Eesti_Rahvusfond, lk 74
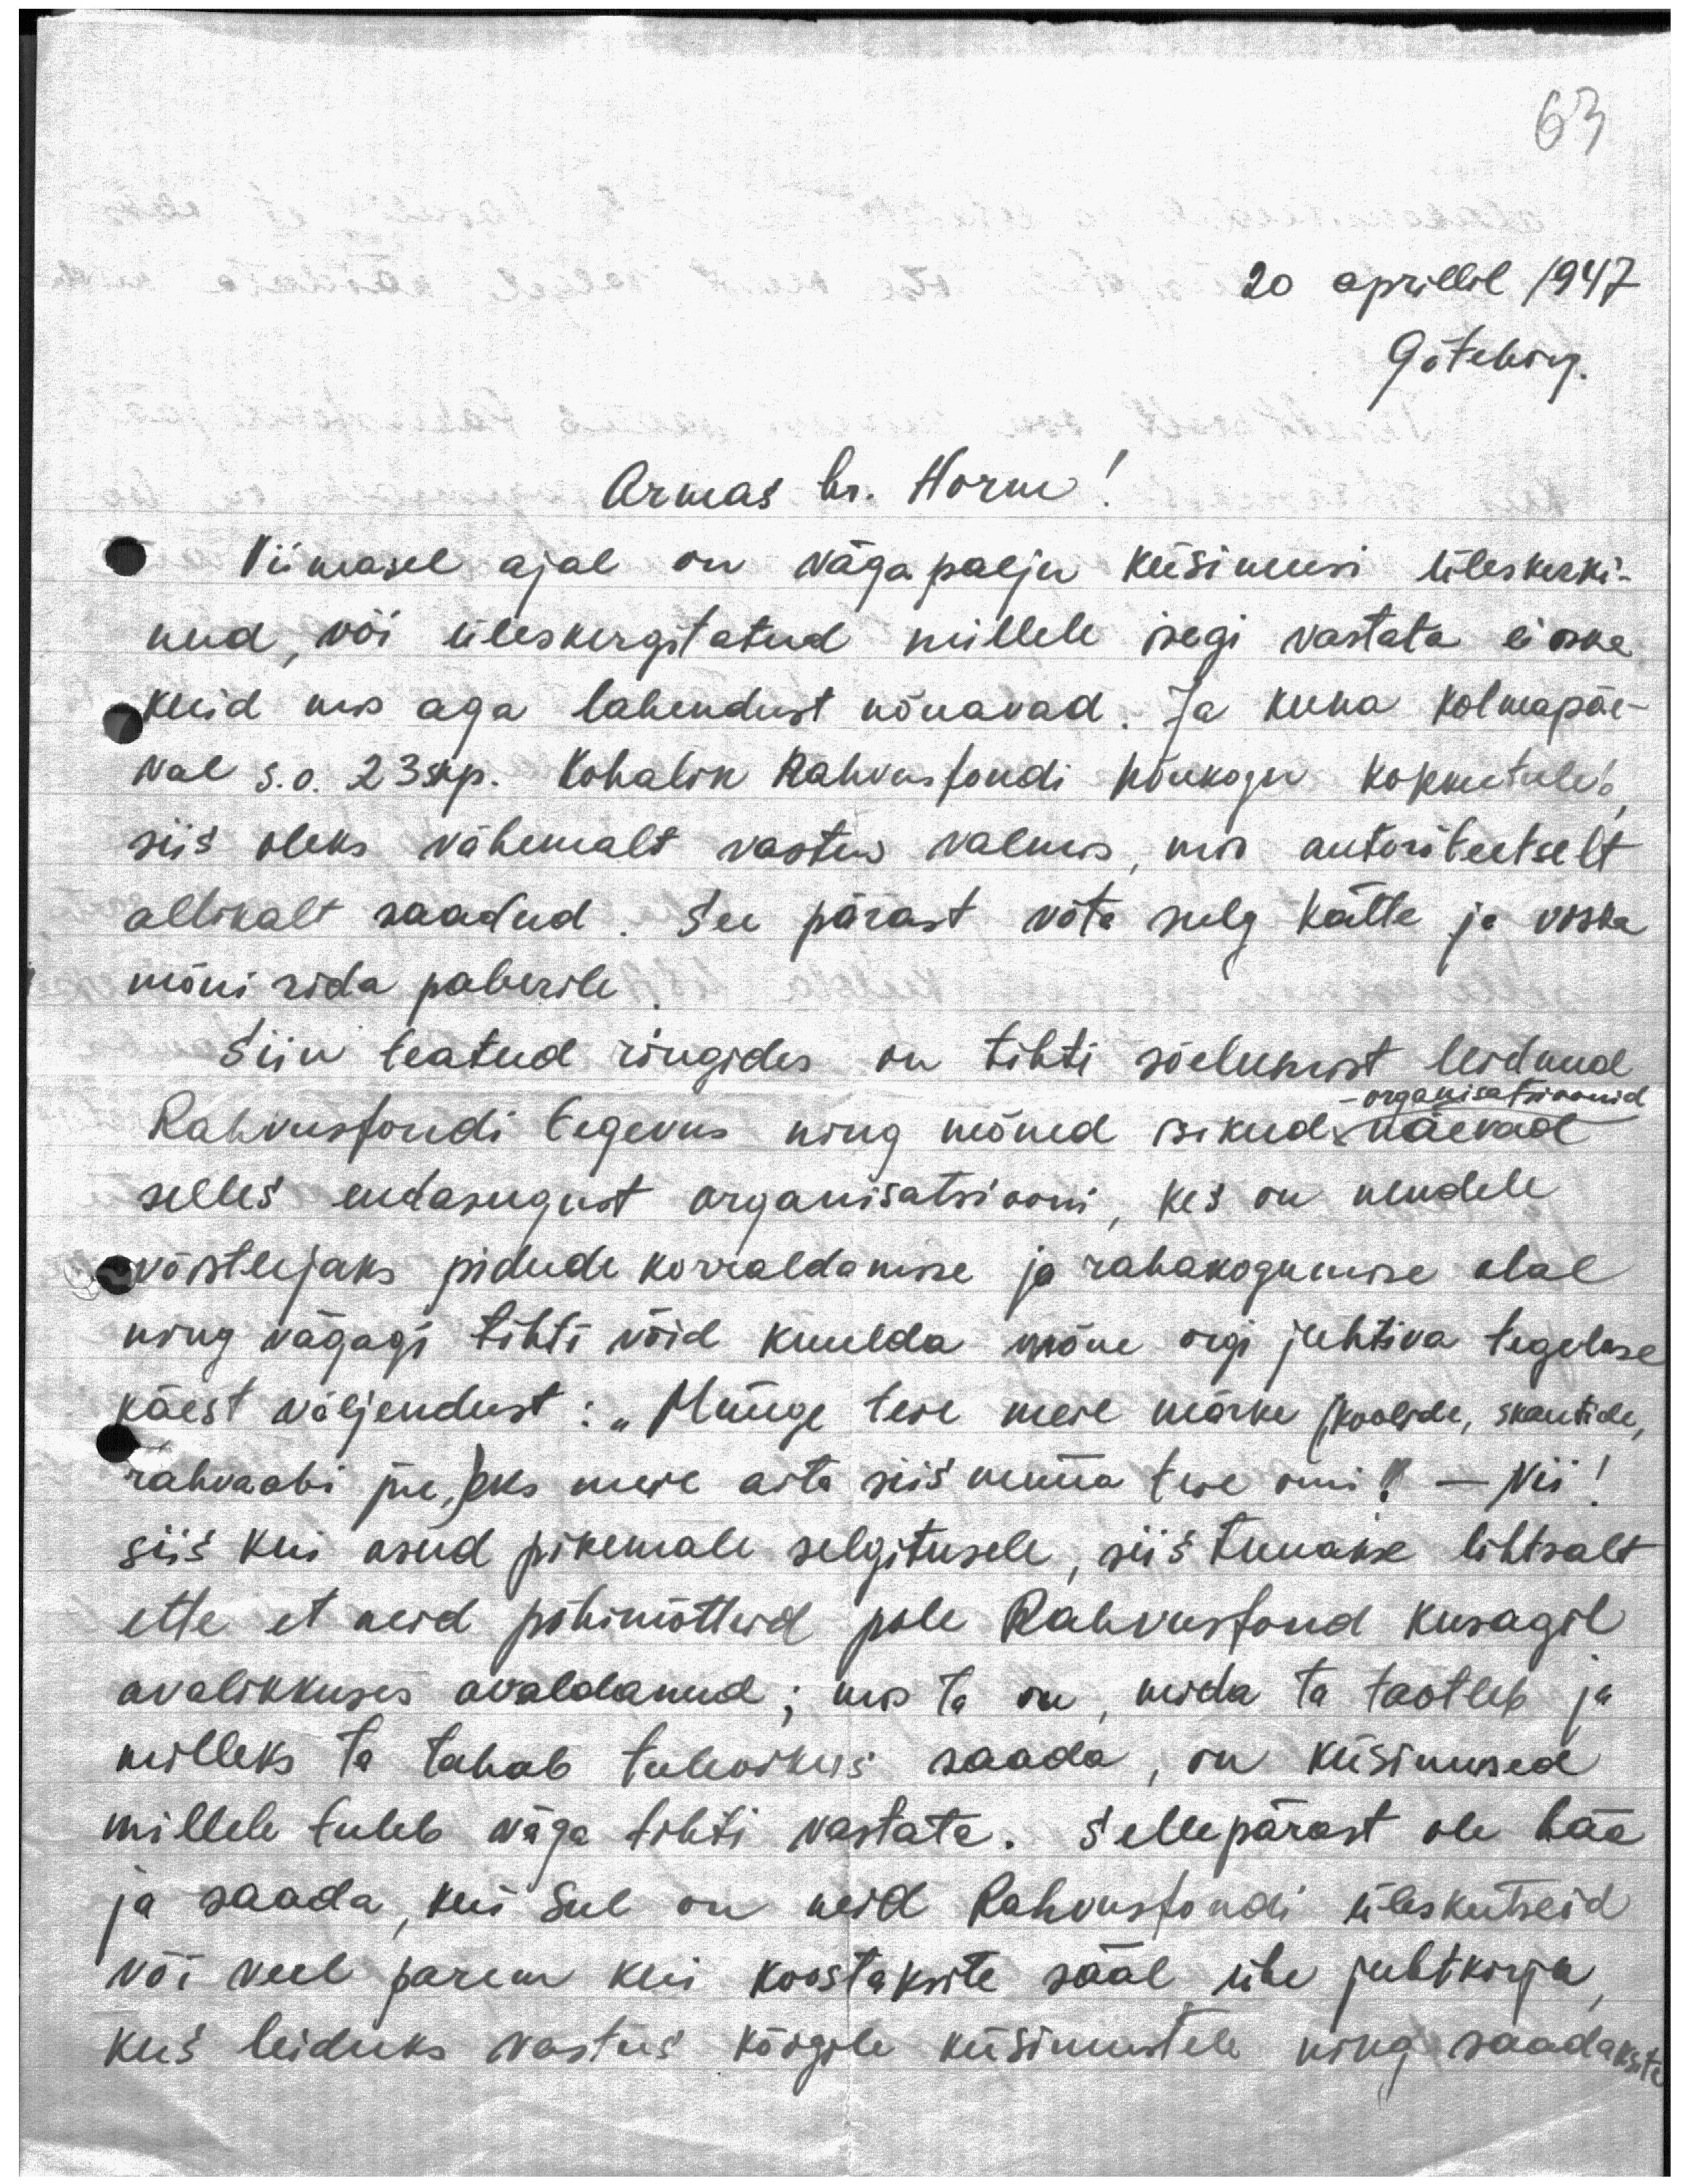
63

20 aprillil 1947
Göteborg.

Armas hr. Horm!
Viimasel ajal on väga palju küsimusi üleskerki-
nud, või üleskergitatud millele isegi vastata ei oska
kuid mis aga lahendust nõuavad. Ja kuna kolmapäe-
val s.o. 23 skp. Kohalik Rahvusfondi Nõukogu kokkutuleb
siis oleks vähemalt vastus valmis, mis autoriteetselt
allikalt saadud. See pärast võta sulg kätte ja viska
mõni rida paberile
Siin teatud ringides on tihti sõelumist leidnud
Rahvusfondi tegevus ning mõned isikud näevad
organisatsioonid
selles endasugust organisatsiooni, kes on nendele
võistlejaks pidude korraldamise ja rahakogumise alal
ning vägagi tihti võid kuulda mõne orgi juhtiva tegelase
käest väljendust: „Müüge teie meie märke (,koolide, skautide,
rahvaabi jne,)eks meie aita siis müüa teie omi! - Nii!
siis kui asud pikemale selgitusele, siis tuuakse lihtsalt
ette et neid põhimõtteid pole Rahvusfond kusagil
avalikkuses avaldanud; mis ta on, mida ta taotleb ja
milleks ta tahab tulevikus saada, on küsimused
millele tuleb väga tihti vastata. Sellepärast ole hää
ja saada, kui Sul on neid Rahvusfondi üleskutseid
või veel parem kui koostaksite sääl ühe juhtkirja
kus leiduks vastus kõigile küsimustele ning saadaksite